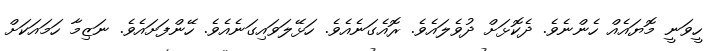
ހީވަނީ މޮޔައެއް ހެންނެވެ. ދެކޮޅަށް ދުވެލައެވެ. ރޮއެގަނެއެވެ. ހަޅޭލަވައިގަނެއެވެ. ހޭންފަށައެވެ. ނަޒިމާ ހަމައަކަށް